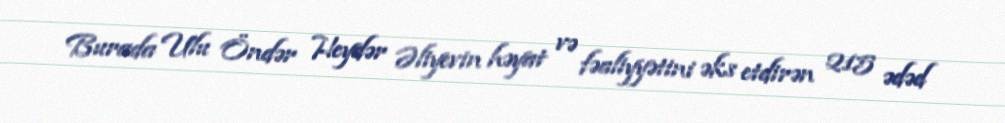
Burada Ulu Öndər Heydər Əliyevin həyat və fəaliyyətini əks etdirən 215 ədəd